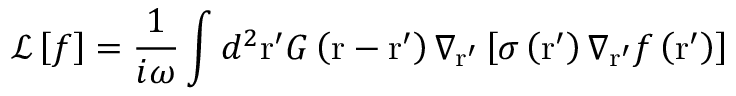
\mathcal { L } \left[ f \right] = \frac { 1 } { i \omega } \int { { { d } ^ { 2 } } \mathrm { { r } ^ { \prime } } G \left( \mathrm { r } - \mathrm { { r } ^ { \prime } } \right) { { \nabla } _ { { \mathrm { { r } ^ { \prime } } } } } \left[ \sigma \left( { \mathrm { { r } ^ { \prime } } } \right) { { \nabla } _ { { \mathrm { { r } ^ { \prime } } } } } f \left( { \mathrm { { r } ^ { \prime } } } \right) \right] }